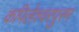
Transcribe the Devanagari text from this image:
कपिलेश्वरपुरम